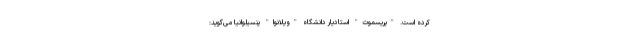
کرده است. "پریسموث" استادیار دانشگاه "ویلانوا" پنسیلوانیا می‌گوید: